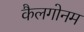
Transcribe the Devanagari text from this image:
कैलगोनम